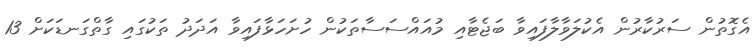
އެގޮތުން ސަރުކާރުން އެކުލަވާލާފައިވާ ބަޖެޓާއި މުއައްސަސާތަކުން ހުށަހަޅާފައިވާ އަދަދު ތަކުގައި ގާތްގަނޑަކަށް 13